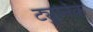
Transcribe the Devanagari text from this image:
ट्युनिक